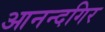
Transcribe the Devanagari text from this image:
आनन्दगिर